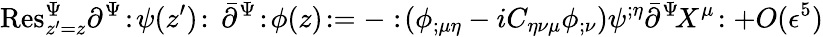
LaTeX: \mathrm{Res}_{z^{\prime}=z}^{\Psi}\partial^{\Psi}\! :\! \psi(z^{\prime})\! :\, \bar{\partial}^{\Psi}\! :\! \phi(z)\! :=-:\! (\phi_{;\mu\eta}-iC_{\eta\nu\mu}\phi_{;\nu})\psi^{;\eta}\bar{\partial}^{\Psi}\! X^{\mu}\! :+O(\epsilon^{5})